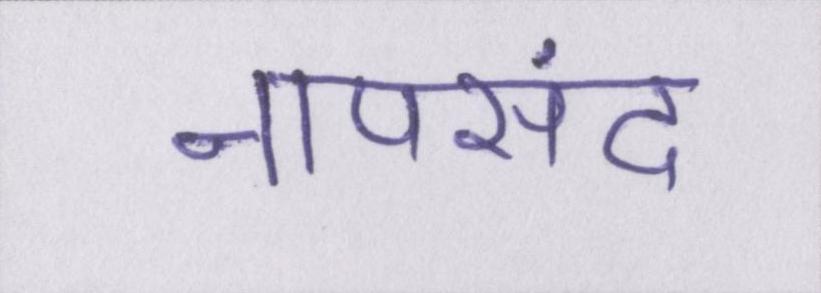
नापसंद